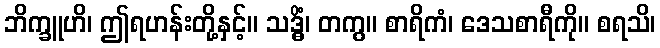
ဘိက္ခူဟိ၊ ဤရဟန်းတို့နှင့်။ သဒ္ဓိံ၊ တကွ။ စာရိကံ၊ ဒေသစာရီကို။ စရသိ၊